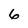
Character: 6